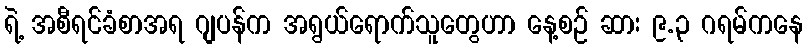
ရဲ့ အစီရင်ခံစာအရ ဂျပန်က အရွယ်ရောက်သူတွေဟာ နေ့စဉ် ဆား ၉.၃ ဂရမ်ကနေ